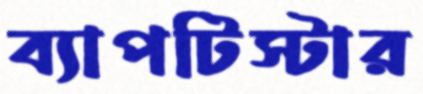
ব্যাপটিস্টার